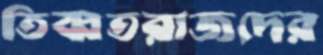
তিব্বতরাজদের